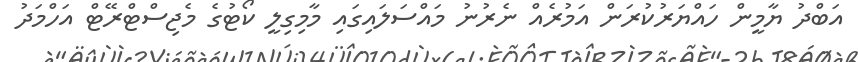
އަބްދު ޔާމީން ހައްޔަރުކުރަން އަމުރެއް ނެރުނު މައްސަލައިގައި މާމިގިލީ ކޯޓުގެ މެޖިސްޓްރޭޓް އަހްމަދު